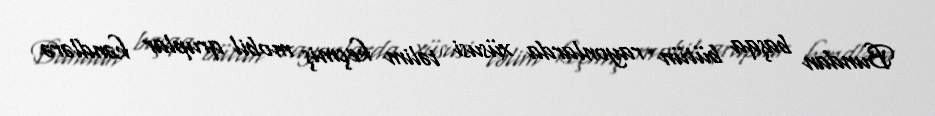
Bundan başqa bütün rayonlarda xüsusi təlim keçmiş mobil qruplar kəndlərə